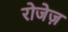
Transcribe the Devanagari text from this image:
रोजेज़